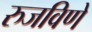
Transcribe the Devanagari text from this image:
रुजविणे